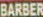
BARBER